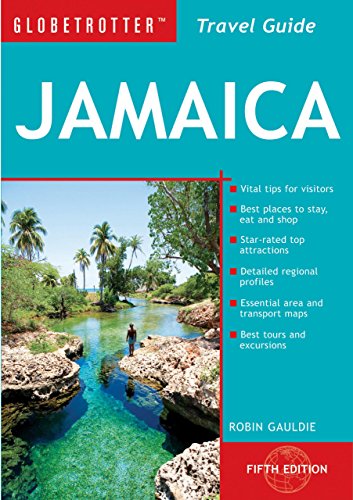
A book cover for Jamaica Travel Pack (Globetrotter Travel Packs); Robin Gauldie; Travel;